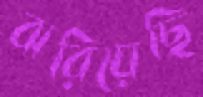
ঝরিয়েছি